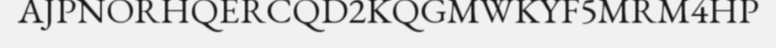
AJPNORHQERCQD2KQGMWKYF5MRM4HP